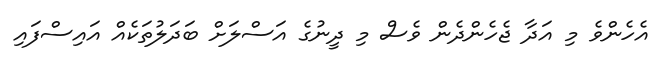
އެހެންވެ މި އަދާ ޖެހެންދެން ވެސް މި ދީނުގެ އަސްލަށް ބަދަލުތަކެއް އައިސްފައި